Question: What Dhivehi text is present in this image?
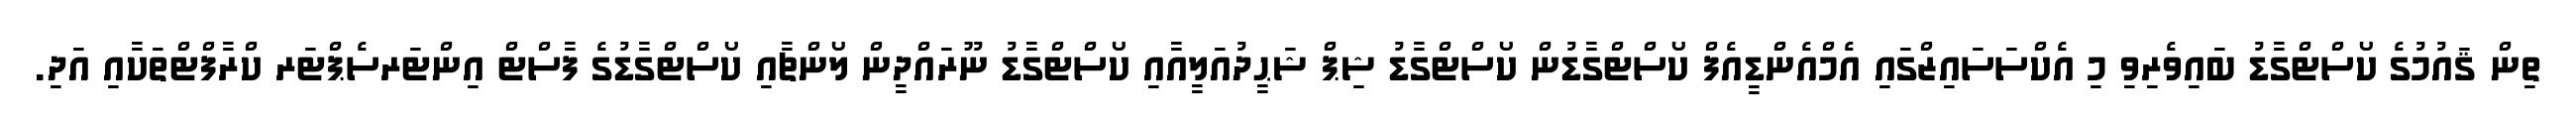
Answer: ތިން ޤައުމުގެ ކޯސްޓްގާޑު ބައިވެރިވި މި އެކްސަސައިޒްގައި އެމްއެންޑީއެފް ކޯސްޓްގާޑުން ކޯސްޓްގާޑު ޝިޕް ޝަޙީދުއަލީއާއި ކޯސްޓްގާޑު ނޫރައްދީން ލޯންޗާއި ކޯސްޓްގާޑުގެ ފާސްޓް އިންޓަރސެޕްޓަރ ކްރާފްޓްތަކާއި އަދި.